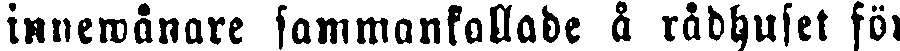
innewånare sammankallade å rådhufet för